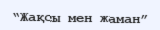
“Жақсы мен жаман”